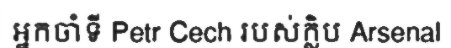
អ្នកចាំទី Petr Cech របស់ក្លិប Arsenal